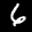
Label: 6